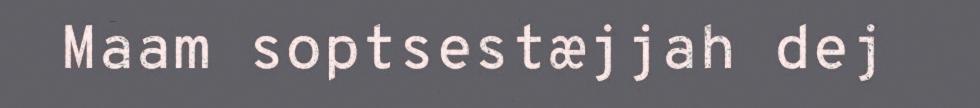
Maam soptsestæjjah dej